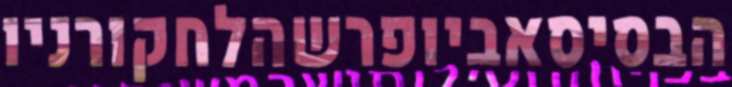
הבסיסאביופרשהלחקורניו